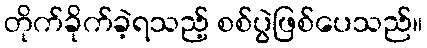
တိုက်ခိုက်ခဲ့ရသည့် စစ်ပွဲဖြစ်ပေသည်။